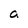
Character: a